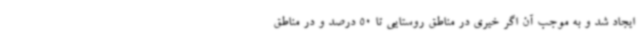
ایجاد شد و به موجب آن اگر خیری در مناطق روستایی تا 50 درصد و در مناطق